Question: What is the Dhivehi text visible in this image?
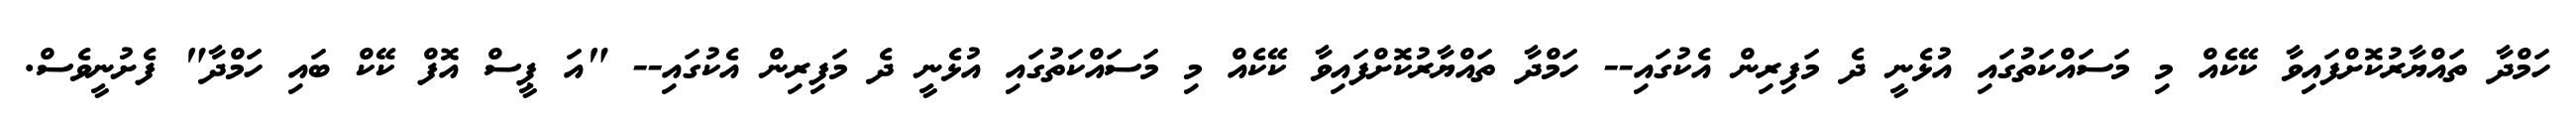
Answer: ހަމްދާ ތައްޔާރުކޮށްފައިވާ ކޭކެއް މި މަސައްކަތުގައި އުޅެނީ ދެ މަފިރިން އެކުގައި-- ހަމްދާ ތައްޔާރުކޮށްފައިވާ ކޭކެއް މި މަސައްކަތުގައި އުޅެނީ ދެ މަފިރިން އެކުގައި-- "އަ ޕީސް އޮފް ކޭކް ބައި ހަމްދާ" ފެށުނީވެސް.